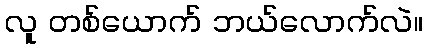
လူ တစ်ယောက် ဘယ်လောက်လဲ။